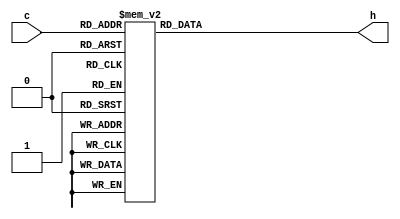
module hex (input [3:0]c, output reg [6:0] h);
	
	
	always @(*)
	
	begin
		case (c[3:0])
			4'b0000: h = 7'b1000000;//0
			4'b0001: h = 7'b1111001;//1
			4'b0010: h = 7'b0100100;//2
			4'b0011: h = 7'b0110000;//3
			4'b0100: h = 7'b0011001;//4
			4'b0101: h = 7'b0010010;//5
			4'b0110: h = 7'b0000010;//6
			4'b0111: h = 7'b1111000;//7
			4'b1000: h = 7'b0000000;//8
			4'b1001: h = 7'b0010000;//9
			4'b1010: h = 7'b0001000;//A
			4'b1011: h = 7'b0000011;//B
			4'b1100: h = 7'b1000110;//C
			4'b1101: h = 7'b0100001;//D
			4'b1110: h = 7'b0000110;//E
			4'b1111: h = 7'b0001110;//F
		endcase
	end
	
	
endmodule